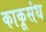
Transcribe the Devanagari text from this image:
काकूसंध